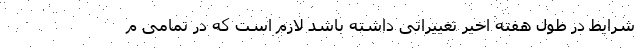
شرایط در طول هفته اخیر تغییراتی داشته باشد لازم است که در تمامی م